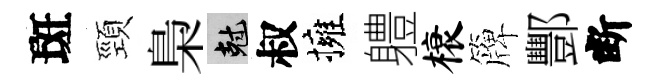
斑頸梟剋叔擁軆榱簰酆断